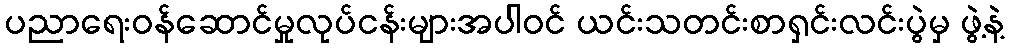
ပညာရေးဝန်ဆောင်မှုလုပ်ငန်းများအပါဝင် ယင်းသတင်းစာရှင်းလင်းပွဲမှ ဖွဲ့နဲ့